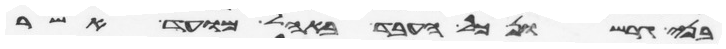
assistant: בני גרשון כל העבד באהל מועד אשר